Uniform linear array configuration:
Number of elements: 64
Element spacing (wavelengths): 0.5
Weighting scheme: exponential
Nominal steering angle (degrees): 60
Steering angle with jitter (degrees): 60.502
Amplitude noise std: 0.05
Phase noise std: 0.05

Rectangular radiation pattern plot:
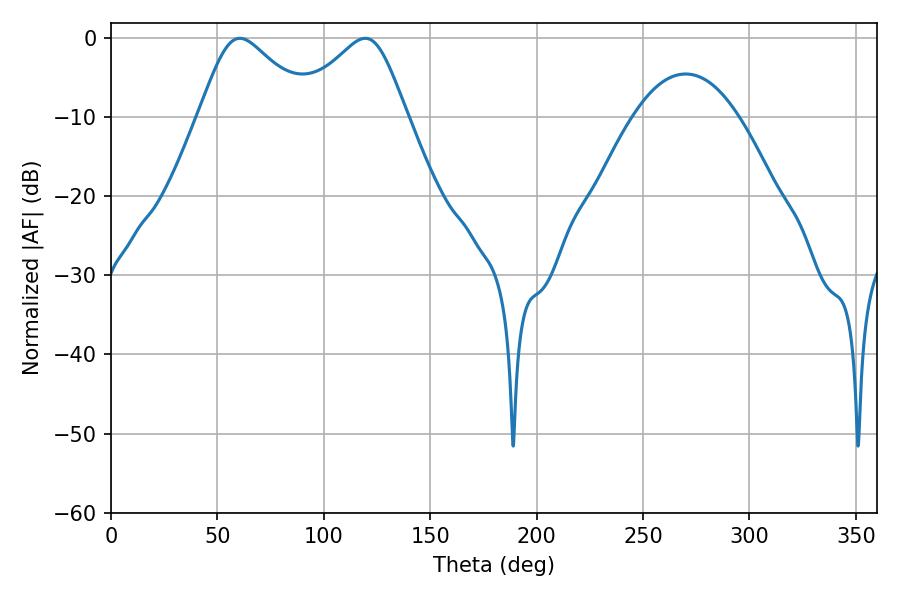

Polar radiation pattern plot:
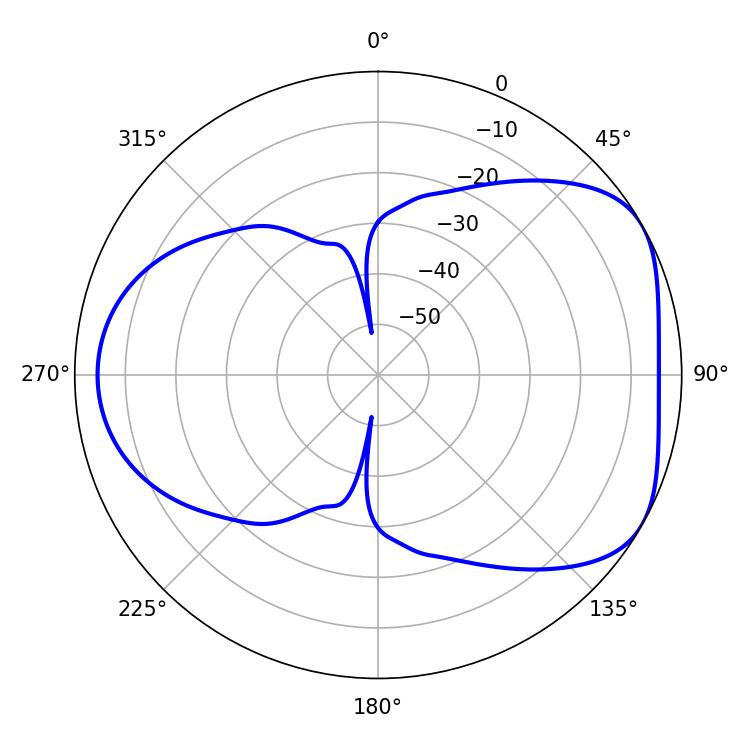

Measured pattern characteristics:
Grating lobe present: FALSE
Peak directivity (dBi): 4.823
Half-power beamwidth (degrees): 25.92
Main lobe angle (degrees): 60.48